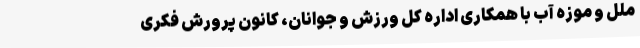
ملل و موزه آب با همکاری اداره کل ورزش و جوانان، کانون پرورش فکری